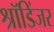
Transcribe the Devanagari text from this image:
श्रॉडिंजर